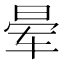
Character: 晕